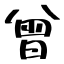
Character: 曾